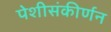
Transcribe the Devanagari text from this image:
पेशीसंकीर्णन